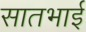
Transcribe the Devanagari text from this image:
सातभाई